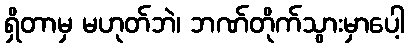
ရှိတာမှ မဟုတ်ဘဲ၊ ဘဏ်တိုက်သွားမှာပေါ့